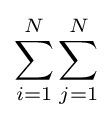
\sum _{i=1}^{N}\sum _{j=1}^{N}